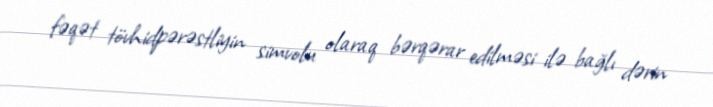
fəqət tövhidpərəstliyin simvolu olaraq bərqərar edilməsi ilə bağlı dərin